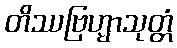
တိဿဗြဟ္မာသုတ္တံ